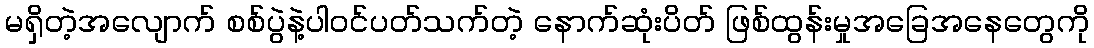
မရှိတဲ့အလျောက် စစ်ပွဲနဲ့ပါဝင်ပတ်သက်တဲ့ နောက်ဆုံးပိတ် ဖြစ်ထွန်းမှုအခြေအနေတွေကို